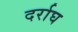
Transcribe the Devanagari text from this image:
दर्राघ